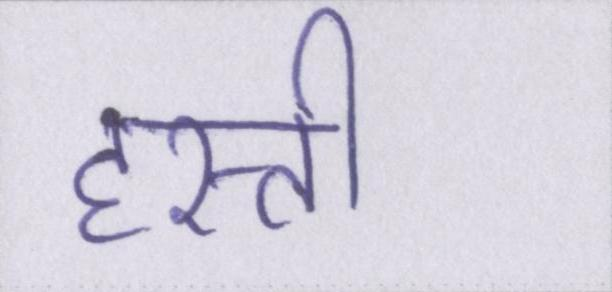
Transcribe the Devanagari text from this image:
हस्ती